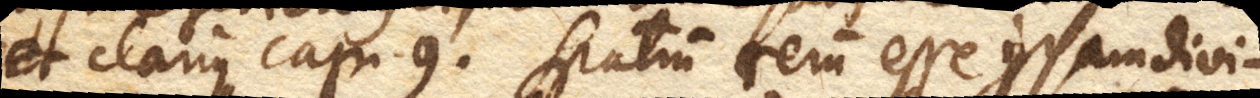
et clarius cap. 9. spatium rerum esse ipsam divi–